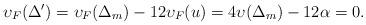
LaTeX: \begin{align*}\upsilon_F(\Delta') = \upsilon_F(\Delta_m) - 12 \upsilon_F(u) = 4 \upsilon(\Delta_m) - 12 \alpha = 0. \end{align*}